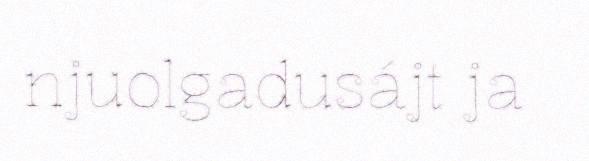
njuolgadusájt ja